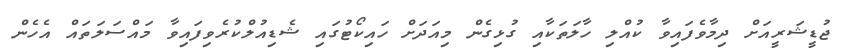
ޖުޑީޝަރީއަށް ދިމާވެފައިވާ ކުއްލި ހާލަތަކާއި ގުޅިގެން މިއަދަށް ހައިކޯޓުގައި ޝެޑިއުލްކުރެވިފައިވާ މައްސަލަތައް އެހެން